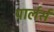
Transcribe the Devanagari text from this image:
पार्लर्स